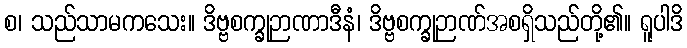
စ၊ သည်သာမကသေး။ ဒိဗ္ဗစက္ခုဉာဏာဒီနံ၊ ဒိဗ္ဗစက္ခုဉာဏ်အစရှိသည်တို့၏။ ရူပါဒိ